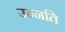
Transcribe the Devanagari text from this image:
उन्‍नति